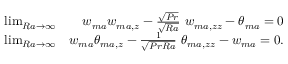
\begin{array} { r l r } & { \operatorname* { l i m } _ { R a \to \infty } } & { w _ { m a } w _ { m a , z } - \frac { \sqrt { P r } } { \sqrt { R a } } \ w _ { m a , z z } - \theta _ { m a } = 0 } \\ & { \operatorname* { l i m } _ { R a \to \infty } } & { w _ { m a } \theta _ { m a , z } - \frac { 1 } { \sqrt { P r R a } } \ \theta _ { m a , z z } - w _ { m a } = 0 . } \end{array}